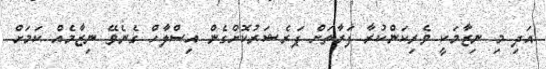
އަދި މި ނިޒާމަކީ ވެރިކަންކުރާ ފަރާތަށް ޕަރެޝަރުކޮށްގެން އިސްލާހް ގެނެވޭ ނިޒާމެއް ކަމަށް